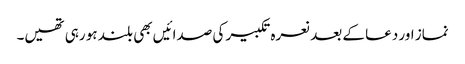
نماز اور دعا کے بعد نعرہ تکبیر کی صدائیں بھی بلند ہو رہی تھیں۔